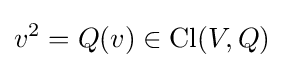
v^{2}=Q(v)\in \mathrm {Cl} (V,Q)